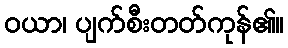
ဝယာ၊ ပျက်စီးတတ်ကုန်၏။